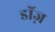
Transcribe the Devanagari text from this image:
डॉज़